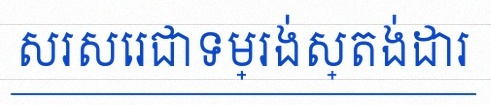
សរសេរជាទម្រង់ស្តង់ដារ